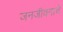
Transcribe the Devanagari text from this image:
जनजीवनाचे